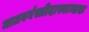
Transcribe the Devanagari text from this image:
जातवर्गस्त्रीदास्यान्तक